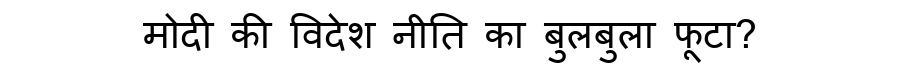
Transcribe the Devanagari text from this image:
मोदी की विदेश नीति का बुलबुला फूटा?